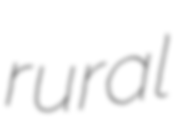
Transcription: rural